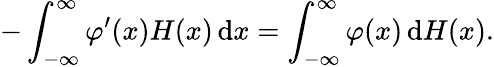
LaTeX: -\int_{-\infty}^{\infty}\varphi^{\prime}(x)H(x)\, \mathrm{d}x=\int_{-\infty}^{\infty}\varphi(x)\, \mathrm{d}H(x).